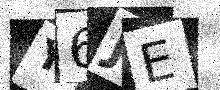
Text: Y6JE